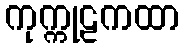
ကုက္ကုဠကထာ